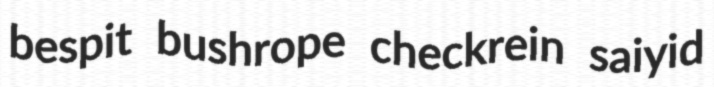
bespit bushrope checkrein saiyid